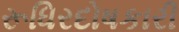
રૂધિરદોષકારી